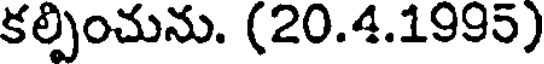
కల్పించును. (20.4.1995)